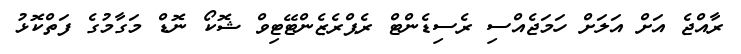
ރާއްޖެ އަށް އަލަށް ހަމަޖެއްސި ރެސިޑެންޓް ރެޕްރެޒެންޓޭޓިވް ޝޮކޯ ނޮޑް މަގާމުގެ ފަތްކޮޅު